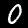
Digit: 0